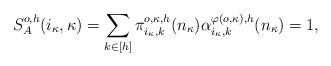
LaTeX: \begin{align*}S_A^{o,h}(i_{\kappa},\kappa) = \sum\limits_{k\in[h]}\pi^{o,\kappa,h}_{i_{\kappa},k}(n_{\kappa})\alpha^{\varphi(o,\kappa),h}_{i_{\kappa},k}(n_{\kappa})=1,\end{align*}